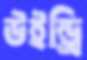
উইন্ড্রি